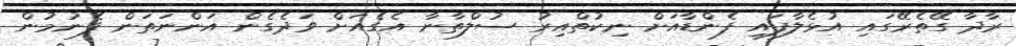
ރާދާ ގޭތެރޭގައި އުޅެލާފައި ފެންޑާއަށް ނިކުތްއިރު ސުލްތާނާ އެގެއަށް ވަދެގެން އަންނަތަން ފެނުމުން